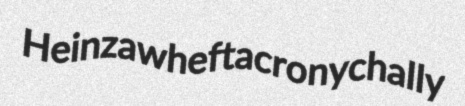
Heinz awheft acronychally